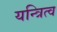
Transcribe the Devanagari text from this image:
यन्त्रित्व